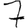
Digit: 7